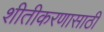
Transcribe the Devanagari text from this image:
शीतीकरणासाठी